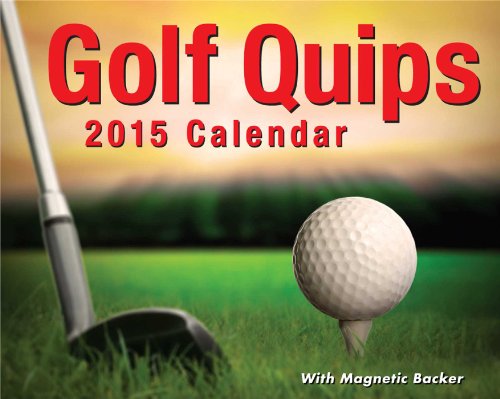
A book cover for Golf Quips 2015 Mini Day-to-Day Calendar; Andrews McMeel Publishing LLC; Calendars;